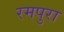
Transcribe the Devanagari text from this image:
रमपुरा